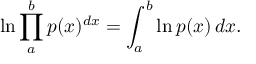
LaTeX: \ln \prod _ { a } ^ { b } p ( x ) ^ { d x } = \int _ { a } ^ { b } \ln p ( x ) \, d x .